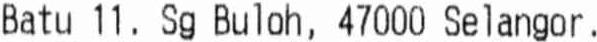
BATU 11 , SG BULOH , 47000 SELANGOR .